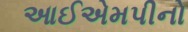
આઈએમપીનો